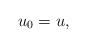
LaTeX: \begin{align*} u_0=u,\end{align*}